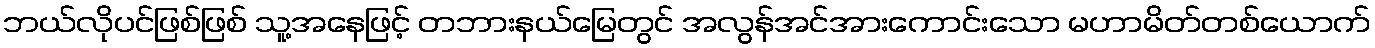
ဘယ်လိုပင်ဖြစ်ဖြစ် သူ့အနေဖြင့် တဘားနယ်မြေတွင် အလွန်အင်အားကောင်းသော မဟာမိတ်တစ်ယောက်